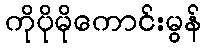
ကိုပိုမိုကောင်းမွန်